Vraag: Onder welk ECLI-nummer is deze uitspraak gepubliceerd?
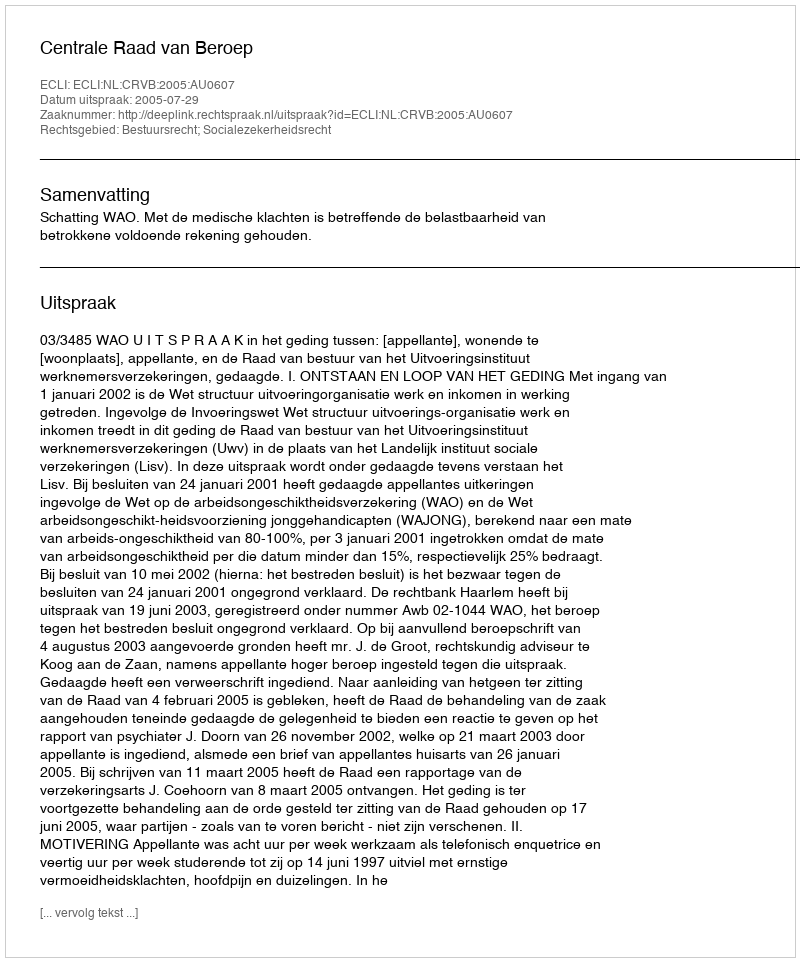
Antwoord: ECLI:NL:CRVB:2005:AU0607